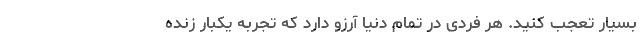
بسیار تعجب کنید. هر فردی در تمام دنیا آرزو دارد که تجربه یکبار زنده